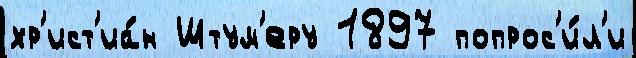
хр'ист'иа́н Штум'еру 1897 попрос'и́л'и